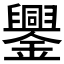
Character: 𨮆